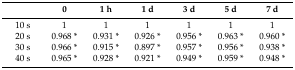
|  | 0 | 1 h | 1 d | 3 d | 5 d | 7 d |
 | --- | --- | --- | --- | --- | --- | --- |
 | 10 s | 1 | 1 | 1 | 1 | 1 | 1 |
 | 20 s | 0.968 * | 0.931 * | 0.926 * | 0.956 * | 0.963 * | 0.960 * |
 | 30 s | 0.966 * | 0.915 * | 0.897 * | 0.957 * | 0.956 * | 0.938 * |
 | 40 s | 0.965 * | 0.928 * | 0.921 * | 0.949 * | 0.959 * | 0.948 * |